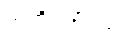
ဉာတိဂဏဝဂ္ဂံ